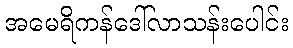
အမေရိကန်ဒေါ်လာသန်းပေါင်း